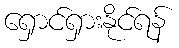
ရှောင်ရှားနိုင်ရန်